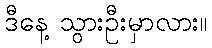
ဒီနေ့ သွားဦးမှာလား။